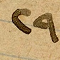
٢٩